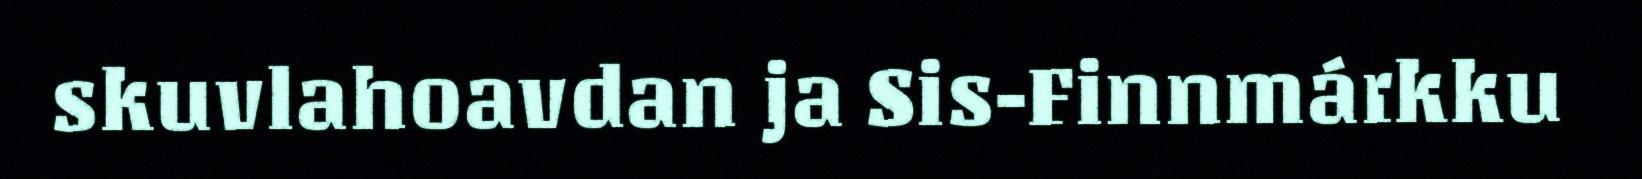
skuvlahoavdan ja Sis-Finnmárkku